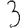
Digit: 3